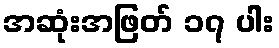
အဆုံးအဖြတ် ၁၇ ပါး